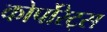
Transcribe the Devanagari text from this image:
कोर्पोरेट्स